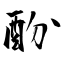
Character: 酚